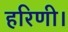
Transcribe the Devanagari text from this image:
हरिणी।